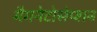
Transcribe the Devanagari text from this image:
मैगनेटोसेप्शन